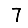
Digit: 7